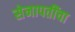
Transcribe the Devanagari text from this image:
सेनापतींचा